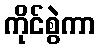
ကိုင်စွဲကာ